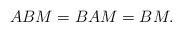
LaTeX: \begin{align*} ABM = BAM =BM. \end{align*}